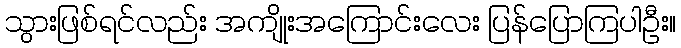
သွားဖြစ်ရင်လည်း အကျိုးအကြောင်းလေး ပြန်ပြောကြပါဦး။